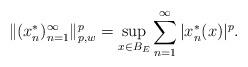
LaTeX: \begin{align*}\|(x_n^{*})_{n=1}^\infty\|_{p,w}^{p} = \sup\limits_{x \in B_E} \sum\limits_{n=1}^\infty |x_n^*(x)|^{p}.\end{align*}